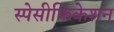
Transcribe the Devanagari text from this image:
स्पेसीफिकेशन